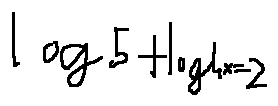
\log 5 + \log 4 x = 2